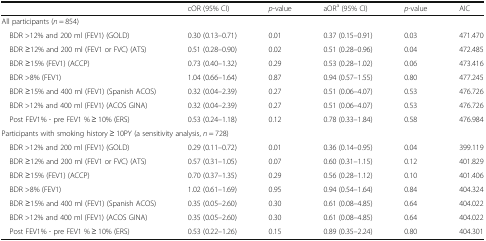
<table><thead><tr><td></td><td><b>cOR (95% CI)</b></td><td><b><i>p</i>-value</b></td><td><b>aOR<sup>a</sup> (95% CI)</b></td><td><b><i>p</i>-value</b></td><td><b>AIC</b></td></tr></thead><tbody><tr><td colspan="6">All participants (<i>n</i> = 854)</td></tr><tr><td> BDR &gt;12% and 200 ml (FEV1) (GOLD)</td><td>0.30 (0.13–0.71)</td><td>0.01</td><td>0.37 (0.15–0.91)</td><td>0.03</td><td>471.470</td></tr><tr><td> BDR ≥12% and 200 ml (FEV1 or FVC) (ATS)</td><td>0.51 (0.28–0.90)</td><td>0.02</td><td>0.51 (0.28–0.96)</td><td>0.04</td><td>472.485</td></tr><tr><td> BDR ≥15% (FEV1) (ACCP)</td><td>0.73 (0.40–1.32)</td><td>0.29</td><td>0.53 (0.28–1.02)</td><td>0.06</td><td>473.416</td></tr><tr><td> BDR &gt;8% (FEV1)</td><td>1.04 (0.66–1.64)</td><td>0.87</td><td>0.94 (0.57–1.55)</td><td>0.80</td><td>477.245</td></tr><tr><td> BDR ≥15% and 400 ml (FEV1) (Spanish ACOS)</td><td>0.32 (0.04–2.39)</td><td>0.27</td><td>0.51 (0.06–4.07)</td><td>0.53</td><td>476.726</td></tr><tr><td> BDR &gt;12% and 400 ml (FEV1) (ACOS GINA)</td><td>0.32 (0.04–2.39)</td><td>0.27</td><td>0.51 (0.06–4.07)</td><td>0.53</td><td>476.726</td></tr><tr><td> Post FEV1% - pre FEV1 % ≥ 10% (ERS)</td><td>0.53 (0.24–1.18)</td><td>0.12</td><td>0.78 (0.33–1.84)</td><td>0.58</td><td>476.984</td></tr><tr><td colspan="6">Participants with smoking history ≥ 10PY (a sensitivity analysis, <i>n</i> = 728)</td></tr><tr><td> BDR &gt;12% and 200 ml (FEV1) (GOLD)</td><td>0.29 (0.11–0.72)</td><td>0.01</td><td>0.36 (0.14–0.95)</td><td>0.04</td><td>399.119</td></tr><tr><td> BDR ≥12% and 200 ml (FEV1 or FVC) (ATS)</td><td>0.57 (0.31–1.05)</td><td>0.07</td><td>0.60 (0.31–1.15)</td><td>0.12</td><td>401.829</td></tr><tr><td> BDR ≥15% (FEV1) (ACCP)</td><td>0.70 (0.37–1.35)</td><td>0.29</td><td>0.56 (0.28–1.12)</td><td>0.10</td><td>401.406</td></tr><tr><td> BDR &gt;8% (FEV1)</td><td>1.02 (0.61–1.69)</td><td>0.95</td><td>0.94 (0.54–1.64)</td><td>0.84</td><td>404.324</td></tr><tr><td> BDR ≥15% and 400 ml (FEV1) (Spanish ACOS)</td><td>0.35 (0.05–2.60)</td><td>0.30</td><td>0.61 (0.08–4.85)</td><td>0.64</td><td>404.022</td></tr><tr><td> BDR &gt;12% and 400 ml (FEV1) (ACOS GINA)</td><td>0.35 (0.05–2.60)</td><td>0.30</td><td>0.61 (0.08–4.85)</td><td>0.64</td><td>404.022</td></tr><tr><td> Post FEV1% - pre FEV1 % ≥ 10% (ERS)</td><td>0.53 (0.22–1.26)</td><td>0.15</td><td>0.89 (0.35–2.24)</td><td>0.80</td><td>404.301</td></tr></tbody></table>